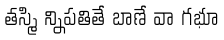
తస్మి న్నిపతితే బాణే వా గభూ